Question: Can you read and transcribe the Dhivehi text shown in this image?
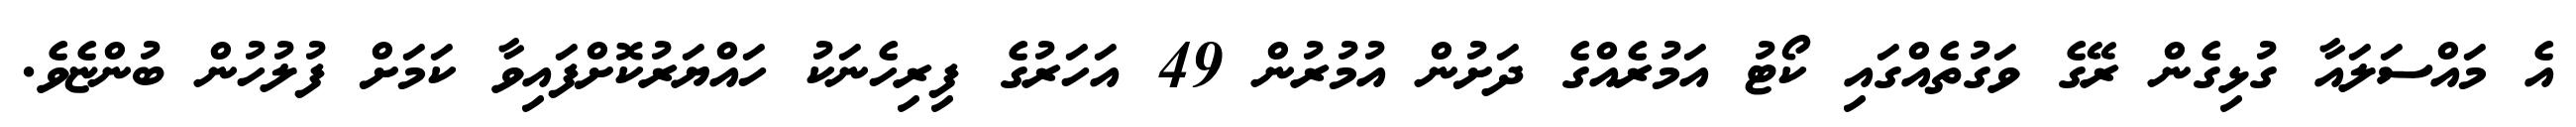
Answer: އެ މައްސަލައާ ގުޅިގެން ރޭގެ ވަގުތެއްގައި ކޯޓު އަމުރެއްގެ ދަށުން އުމުރުން 49 އަހަރުގެ ފިރިހެނަކު ހައްޔަރުކޮށްފައިވާ ކަމަށް ފުލުހުން ބުންޏެވެ.